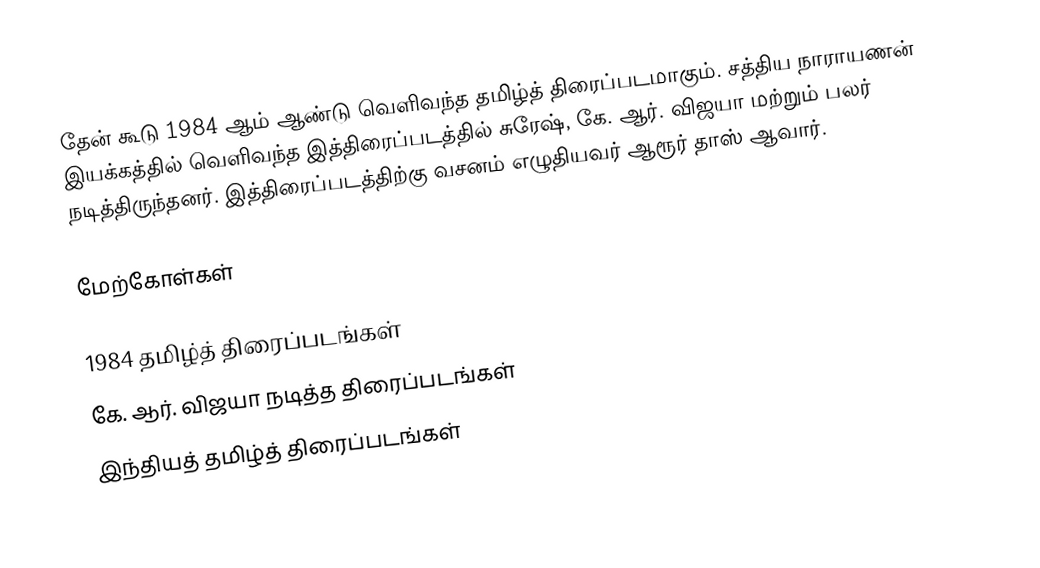
தேன் கூடு 1984 ஆம் ஆண்டு வெளிவந்த தமிழ்த் திரைப்படமாகும். சத்திய நாராயணன் இயக்கத்தில் வெளிவந்த இத்திரைப்படத்தில் சுரேஷ், கே. ஆர். விஜயா மற்றும் பலர் நடித்திருந்தனர். இத்திரைப்படத்திற்கு வசனம் எழுதியவர் ஆரூர் தாஸ் ஆவார்.

மேற்கோள்கள்

1984 தமிழ்த் திரைப்படங்கள்
கே. ஆர். விஜயா நடித்த திரைப்படங்கள்
இந்தியத் தமிழ்த் திரைப்படங்கள்